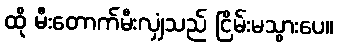
ထို မီးတောက်မီးလျှံသည် ငြိမ်းမသွားပေ။